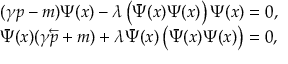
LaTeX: \begin{array} { l } { { ( \gamma p - m ) \Psi ( x ) - \lambda \left( \bar { \Psi } ( x ) \Psi ( x ) \right) \Psi ( x ) = 0 , } } \\ { { \bar { \Psi } ( x ) ( \gamma \overleftarrow { p } + m ) + \lambda \bar { \Psi } ( x ) \left( \bar { \Psi } ( x ) \Psi ( x ) \right) = 0 , } } \end{array}